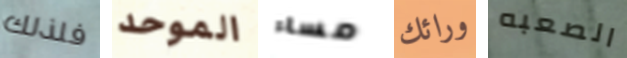
فلذلك الموحد مساء ورائك الصعبه